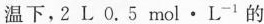
温下，2L 0.5mol·L^{-1}的